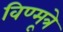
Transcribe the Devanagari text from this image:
विण्मूत्रे